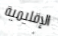
الإقليمية